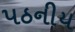
પઠનીય